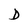
Character: D